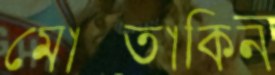
মোস্তাকিন